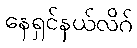
နေရှင်နယ်လိဂ်